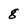
Character: 8